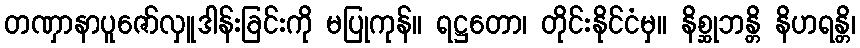
တဏှာနာပူဇော်လှူဒါန်းခြင်းကို မပြုကုန်။ ရဋ္ဌတော၊ တိုင်းနိုင်ငံမှ။ နိစ္ဆုဘန္တိ နိဟရန္တိ၊